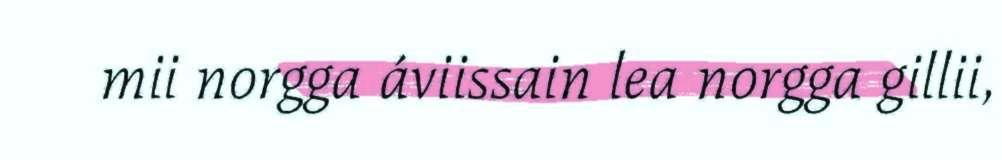
mii norgga áviissain lea norgga gillii,